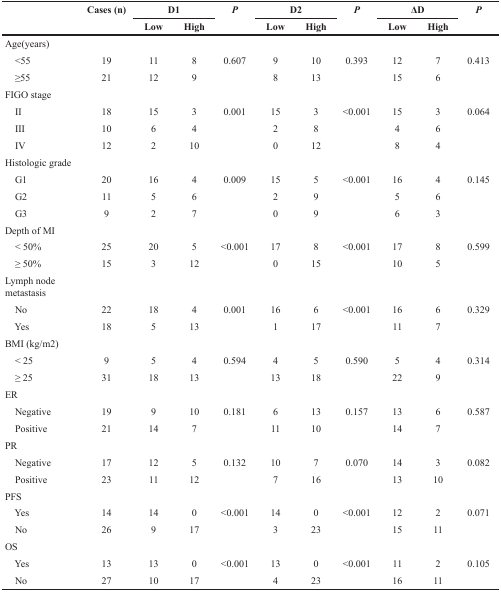
<table><thead><tr><td rowspan="2"></td><td rowspan="2"><b>Cases (n)</b></td><td colspan="2"><b>D1</b></td><td rowspan="2"><b><i>P</i></b></td><td colspan="2"><b>D2</b></td><td rowspan="2"><b><i>P</i></b></td><td colspan="2"><b>ΔD</b></td><td rowspan="2"><b><i>P</i></b></td></tr><tr><td><b>Low</b></td><td><b>High</b></td><td><b>Low</b></td><td><b>High</b></td><td><b>Low</b></td><td><b>High</b></td></tr></thead><tbody><tr><td>Age(years)</td><td></td><td></td><td></td><td></td><td></td><td></td><td></td><td></td><td></td><td></td></tr><tr><td> &lt;55</td><td>19</td><td>11</td><td>8</td><td>0.607</td><td>9</td><td>10</td><td>0.393</td><td>12</td><td>7</td><td>0.413</td></tr><tr><td> ≥55</td><td>21</td><td>12</td><td>9</td><td></td><td>8</td><td>13</td><td></td><td>15</td><td>6</td><td></td></tr><tr><td>FIGO stage</td><td></td><td></td><td></td><td></td><td></td><td></td><td></td><td></td><td></td><td></td></tr><tr><td> II</td><td>18</td><td>15</td><td>3</td><td>0.001</td><td>15</td><td>3</td><td>&lt;0.001</td><td>15</td><td>3</td><td>0.064</td></tr><tr><td> III</td><td>10</td><td>6</td><td>4</td><td></td><td>2</td><td>8</td><td></td><td>4</td><td>6</td><td></td></tr><tr><td> IV</td><td>12</td><td>2</td><td>10</td><td></td><td>0</td><td>12</td><td></td><td>8</td><td>4</td><td></td></tr><tr><td>Histologic grade</td><td></td><td></td><td></td><td></td><td></td><td></td><td></td><td></td><td></td><td></td></tr><tr><td> G1</td><td>20</td><td>16</td><td>4</td><td>0.009</td><td>15</td><td>5</td><td>&lt;0.001</td><td>16</td><td>4</td><td>0.145</td></tr><tr><td> G2</td><td>11</td><td>5</td><td>6</td><td></td><td>2</td><td>9</td><td></td><td>5</td><td>6</td><td></td></tr><tr><td> G3</td><td>9</td><td>2</td><td>7</td><td></td><td>0</td><td>9</td><td></td><td>6</td><td>3</td><td></td></tr><tr><td>Depth of MI</td><td></td><td></td><td></td><td></td><td></td><td></td><td></td><td></td><td></td><td></td></tr><tr><td> &lt; 50%</td><td>25</td><td>20</td><td>5</td><td>&lt;0.001</td><td>17</td><td>8</td><td>&lt;0.001</td><td>17</td><td>8</td><td>0.599</td></tr><tr><td> ≥ 50%</td><td>15</td><td>3</td><td>12</td><td></td><td>0</td><td>15</td><td></td><td>10</td><td>5</td><td></td></tr><tr><td>Lymph node metastasis</td><td></td><td></td><td></td><td></td><td></td><td></td><td></td><td></td><td></td><td></td></tr><tr><td> No</td><td>22</td><td>18</td><td>4</td><td>0.001</td><td>16</td><td>6</td><td>&lt;0.001</td><td>16</td><td>6</td><td>0.329</td></tr><tr><td> Yes</td><td>18</td><td>5</td><td>13</td><td></td><td>1</td><td>17</td><td></td><td>11</td><td>7</td><td></td></tr><tr><td>BMI (kg/m2)</td><td></td><td></td><td></td><td></td><td></td><td></td><td></td><td></td><td></td><td></td></tr><tr><td> &lt; 25</td><td>9</td><td>5</td><td>4</td><td>0.594</td><td>4</td><td>5</td><td>0.590</td><td>5</td><td>4</td><td>0.314</td></tr><tr><td> ≥ 25</td><td>31</td><td>18</td><td>13</td><td></td><td>13</td><td>18</td><td></td><td>22</td><td>9</td><td></td></tr><tr><td>ER</td><td></td><td></td><td></td><td></td><td></td><td></td><td></td><td></td><td></td><td></td></tr><tr><td> Negative</td><td>19</td><td>9</td><td>10</td><td>0.181</td><td>6</td><td>13</td><td>0.157</td><td>13</td><td>6</td><td>0.587</td></tr><tr><td> Positive</td><td>21</td><td>14</td><td>7</td><td></td><td>11</td><td>10</td><td></td><td>14</td><td>7</td><td></td></tr><tr><td>PR</td><td></td><td></td><td></td><td></td><td></td><td></td><td></td><td></td><td></td><td></td></tr><tr><td> Negative</td><td>17</td><td>12</td><td>5</td><td>0.132</td><td>10</td><td>7</td><td>0.070</td><td>14</td><td>3</td><td>0.082</td></tr><tr><td> Positive</td><td>23</td><td>11</td><td>12</td><td></td><td>7</td><td>16</td><td></td><td>13</td><td>10</td><td></td></tr><tr><td>PFS</td><td></td><td></td><td></td><td></td><td></td><td></td><td></td><td></td><td></td><td></td></tr><tr><td> Yes</td><td>14</td><td>14</td><td>0</td><td>&lt;0.001</td><td>14</td><td>0</td><td>&lt;0.001</td><td>12</td><td>2</td><td>0.071</td></tr><tr><td> No</td><td>26</td><td>9</td><td>17</td><td></td><td>3</td><td>23</td><td></td><td>15</td><td>11</td><td></td></tr><tr><td>OS</td><td></td><td></td><td></td><td></td><td></td><td></td><td></td><td></td><td></td><td></td></tr><tr><td> Yes</td><td>13</td><td>13</td><td>0</td><td>&lt;0.001</td><td>13</td><td>0</td><td>&lt;0.001</td><td>11</td><td>2</td><td>0.105</td></tr><tr><td> No</td><td>27</td><td>10</td><td>17</td><td></td><td>4</td><td>23</td><td></td><td>16</td><td>11</td><td></td></tr></tbody></table>